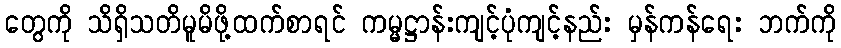
တွေကို သိရှိသတိမူမိဖို့ထက်စာရင် ကမ္မဋ္ဌာန်းကျင့်ပုံကျင့်နည်း မှန်ကန်ရေး ဘက်ကို